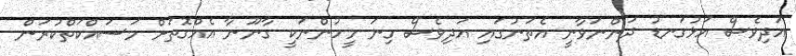
އަދިވެސް އަޅުގަނޑު ދަންނަވާނީ އެތަނުގައި އަދިވެސް ގިނަ މީހުންނަކީ ގާނޫނާ އެއްގޮތަށް މަސައްކަތްކުރަން